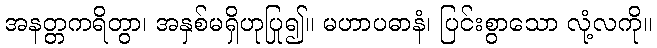
အနတ္တကရိတွာ၊ အနှစ်မရှိဟုပြု၍။ မဟာပဓာနံ၊ ပြင်းစွာသော လုံ့လကို။